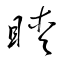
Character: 瞹